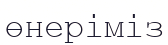
өнеріміз